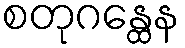
စတုဂန္ထေန